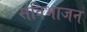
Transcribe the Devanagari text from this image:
संविभाजन